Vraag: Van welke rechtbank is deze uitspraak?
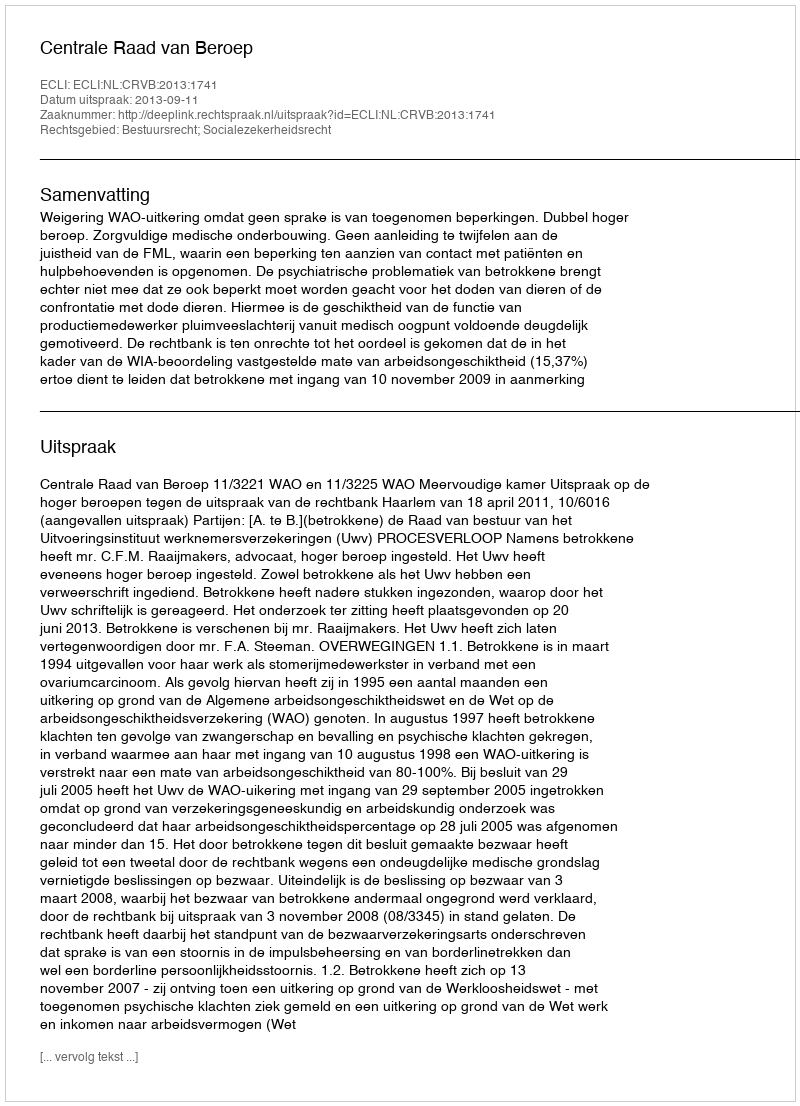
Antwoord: Centrale Raad van Beroep